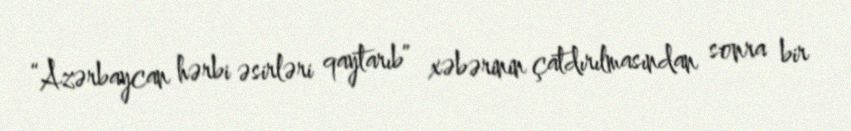
“Azərbaycan hərbi əsirləri qaytarıb” xəbərinin çatdırılmasından sonra bir